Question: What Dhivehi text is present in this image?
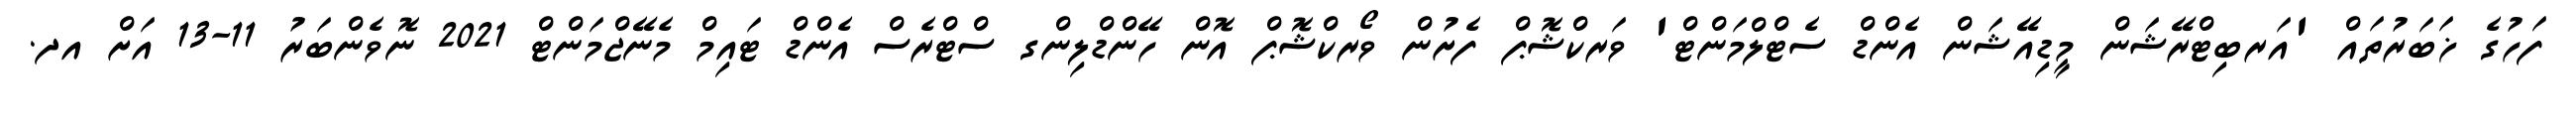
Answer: ފަހުގެ ޚަބަރުތައް 'އަރބިޓްރޭޝަން މީޑިއޭޝަން އެންޑް ސެޓްލްމަންޓް' ވަރކްޝޮޕް ފެށުން ވޯރކްޝޮޕް އޮން ހޭންޑްލިންގ ސްޓްރެސް އެންޑް ޓައިމް މެނޭޖްމަންޓް 2021 ނޮވެންބަރު 11-13 އަށް އދ.